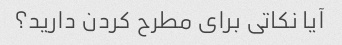
آیا نکاتی برای مطرح کردن دارید؟